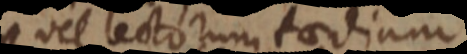
vel lectorum taedium